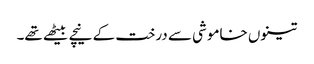
تینوں خاموشی سے درخت کے نیچے بیٹھے تھے۔